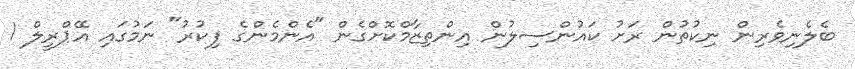
ބެލެނިވެރިން ނިކުތުން ރަށު ކައުންސިލުން އިންތިޒާމްކޮށްގެން "އެންމެންގެ ފިކުރު" ނަމުގައި އޭޕްރީލް 1